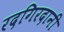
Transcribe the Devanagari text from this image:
रदगिरदानी